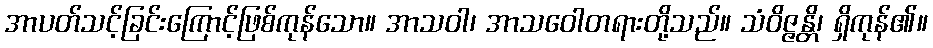
အာပတ်သင့်ခြင်းကြောင့်ဖြစ်ကုန်သော။ အာသဝါ၊ အာသဝေါတရားတို့သည်။ သံဝိဇ္ဇန္တိ၊ ရှိကုန်၏။